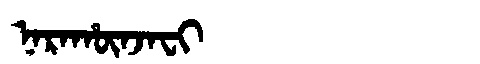
Manchu: ᠨᠠᡵᠠᡥᡡᠨᠵᠠᠸᡳ
Romanization: NARAHŪNJAFI